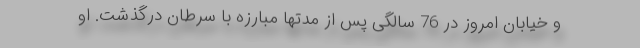
و خیابان امروز در 76 سالگی پس از مدتها مبارزه با سرطان درگذشت. او